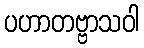
ပဟာတဗ္ဗာသဝါ